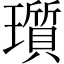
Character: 瓆